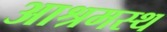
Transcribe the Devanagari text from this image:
आश्रमस्थ